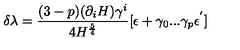
\delta \lambda = { \frac { ( 3 - p ) ( \partial _ { i } H ) \gamma ^ { i } } { 4 H ^ { \frac { 5 } { 4 } } } } [ \epsilon + \gamma _ { 0 } . . . \gamma _ { p } \epsilon ^ { ' } ]